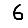
Digit: 6